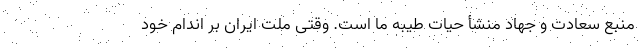
منبع سعادت و جهاد منشأ حیات طیبه ما است. وقتی ملت ایران بر اندام خود